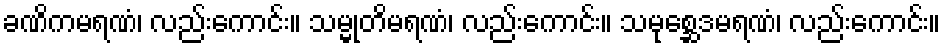
ခဏိကမရဏံ၊ လည်းကောင်း။ သမ္မုတိမရဏံ၊ လည်းကောင်း။ သမုစ္ဆေဒမရဏံ၊ လည်းကောင်း။